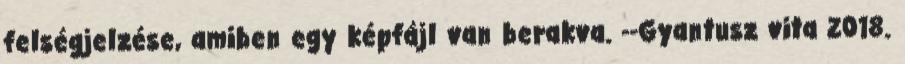
felségjelzése, amiben egy képfájl van berakva. --Gyantusz vita 2018.